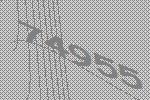
74955